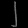
Digit: ၂